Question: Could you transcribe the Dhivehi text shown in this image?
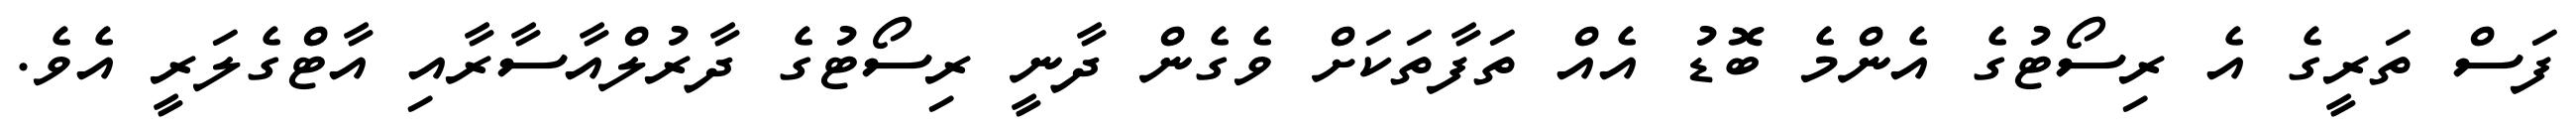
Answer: ފަސް ތަރީގެ އެ ރިސޯޓުގެ އެންމެ ބޮޑު އެއް ތަފާތަކަށް ވެގެން ދާނީ ރިސޯޓުގެ ދާރުލްއާސާރާއި އާޓްގެލަރީ އެވެ.